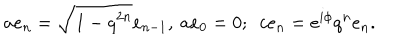
LaTeX: a e _ { n } = \sqrt { 1 - q ^ { 2 n } } e _ { n - 1 } , ~ a e _ { 0 } = 0 ; ~ ~ c e _ { n } = e ^ { i \phi } q ^ { n } e _ { n } .